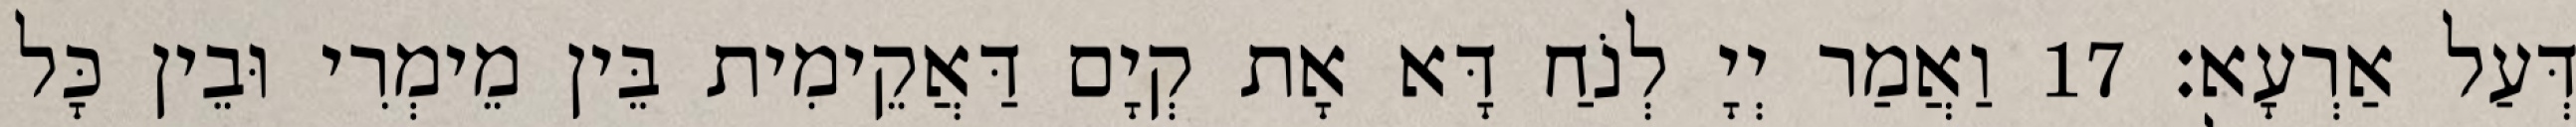
דְּעַל אַרְעָא׃ 17 וַאֲמַר יְיָ לְנֹחַ דָּא אָת קְיָם דַּאֲקֵימִית בֵּין מֵימְרִי וּבֵין כָּל